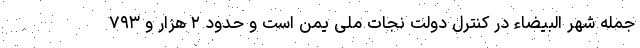
جمله شهر البیضاء در کنترل دولت نجات ملی یمن است و حدود ۲ هزار و ۷۹۳